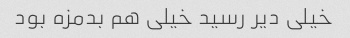
خیلی دیر رسید خیلی هم بدمزه بود